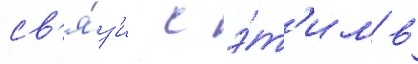
св'я́з'и с э́т'им в